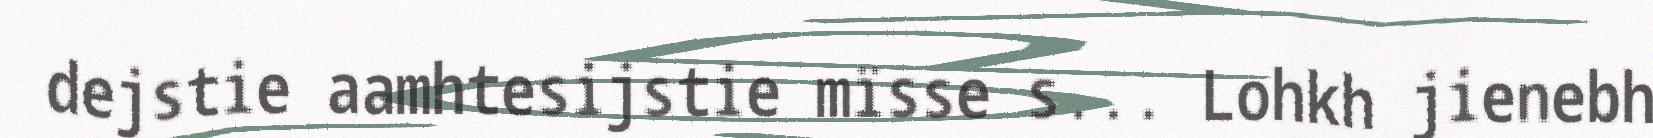
dejstie aamhtesijstie mïsse s... Lohkh jienebh